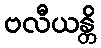
ဗလီယန္တိ